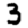
Digit: 3